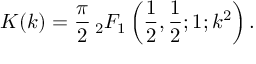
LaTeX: K ( k ) = { \frac { \pi } { 2 } } \, { } _ { 2 } F _ { 1 } \left( { \frac { 1 } { 2 } } , { \frac { 1 } { 2 } } ; 1 ; k ^ { 2 } \right) .